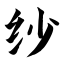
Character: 纱